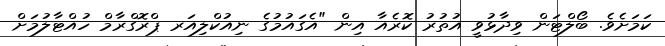
ކަމަށެވެ. ބޯލްޓަން ވިދާޅުވީ އުުތުރު ކޮރެއާ އިން "އެގައުމުގެ ނިއުކްލިއަރ ޕްރޮގްރާމް ހުއްޓާލުމަށް